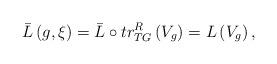
LaTeX: \begin{align*}\bar{L}\left( g,\xi \right) =\bar{L}\circ tr_{TG}^{R}\left(V_{g}\right) =L\left( V_{g}\right) , \end{align*}